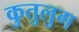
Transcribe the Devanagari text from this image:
कुतुलुग